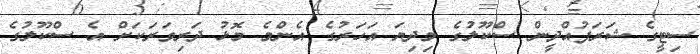
ސިޓީގެ ޝަރަފުއްދީން ސްކޫލުގެ މިދިޔަ އަހަރުގެ އެންމެ މޮޅު ދަރިވަރަކަށް އެ ސްކޫލުގެ